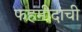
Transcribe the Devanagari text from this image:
फहमीदांची